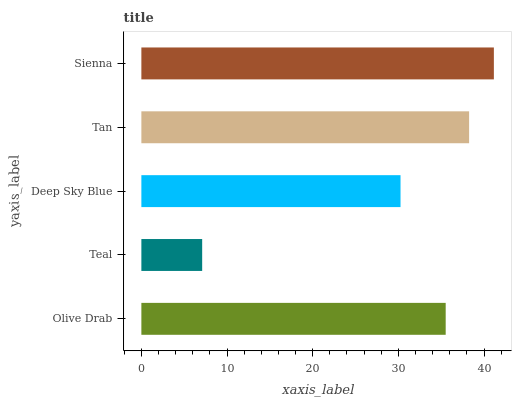
| yaxis_label | bars |
 | --- | --- |
 | Olive Drab | 35.5 |
 | Teal | 7.1 |
 | Deep Sky Blue | 30.3 |
 | Tan | 38.3 |
 | Sienna | 41.2 |